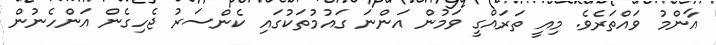
އާންމު ވައްތަރެވެ. މިއީ ތަރައްގީ ވަމުން އަންނަ ގައުމުތަކުގައި ކެންސަރު ޖެހިގެން އަންހެނުން